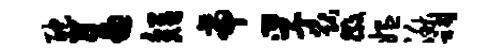
酡蓄短帝孚猷徽媪湫祠